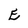
Character: E